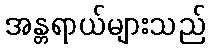
အန္တရာယ်များသည်